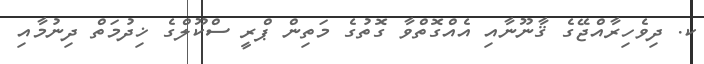
ކ. ދިވެހިރާއްޖޭގެ ޤާނޫނާއި އެއްގޮތްވާ ގޮތުގެ މަތިން ޕްރީ ސްކޫލްގެ ޚިދުމަތް ދިނުމާއި